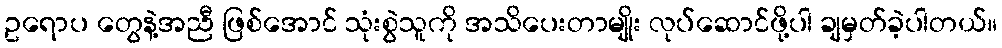
ဥရောပ တွေနဲ့အညီ ဖြစ်အောင် သုံးစွဲသူကို အသိပေးတာမျိုး လုပ်ဆောင်ဖို့ပါ ချမှတ်ခဲ့ပါတယ်။